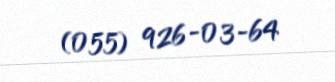
(055) 926-03-64